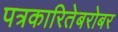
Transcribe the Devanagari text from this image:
पत्रकारितेबरोबर